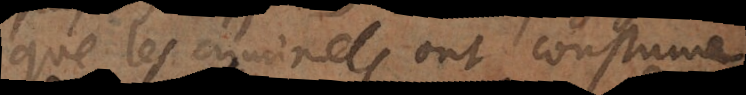
que les criminels ont coustume